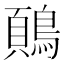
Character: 𬷢